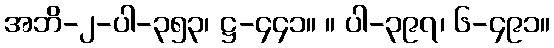
အဘိ-၂-ပါ-၃၅၃၊ ဋ္ဌ-၄၄၁။ ။ ပါ-၃၉၇၊ ၆-၄၉၁။